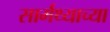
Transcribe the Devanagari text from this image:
सार्मथ्याच्या